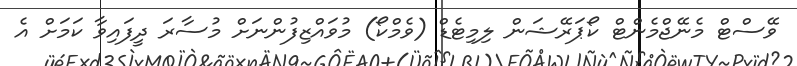
ވޭސްޓް މެނޭޖްމެންޓް ކޯޕަރޭޝަން ލިމިޓެޑް (ވެމްކޯ) މުވައްޒިފުންނަށް މުސާރަ ދީފައިވާ ކަމަށް އެ